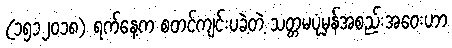
(၁၅၁၂၀၁၈) ရက်နေ့က စတင်ကျင်းပခဲ့တဲ့ သတ္တမပုံမှန်အစည်းအဝေးဟာ